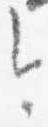
今